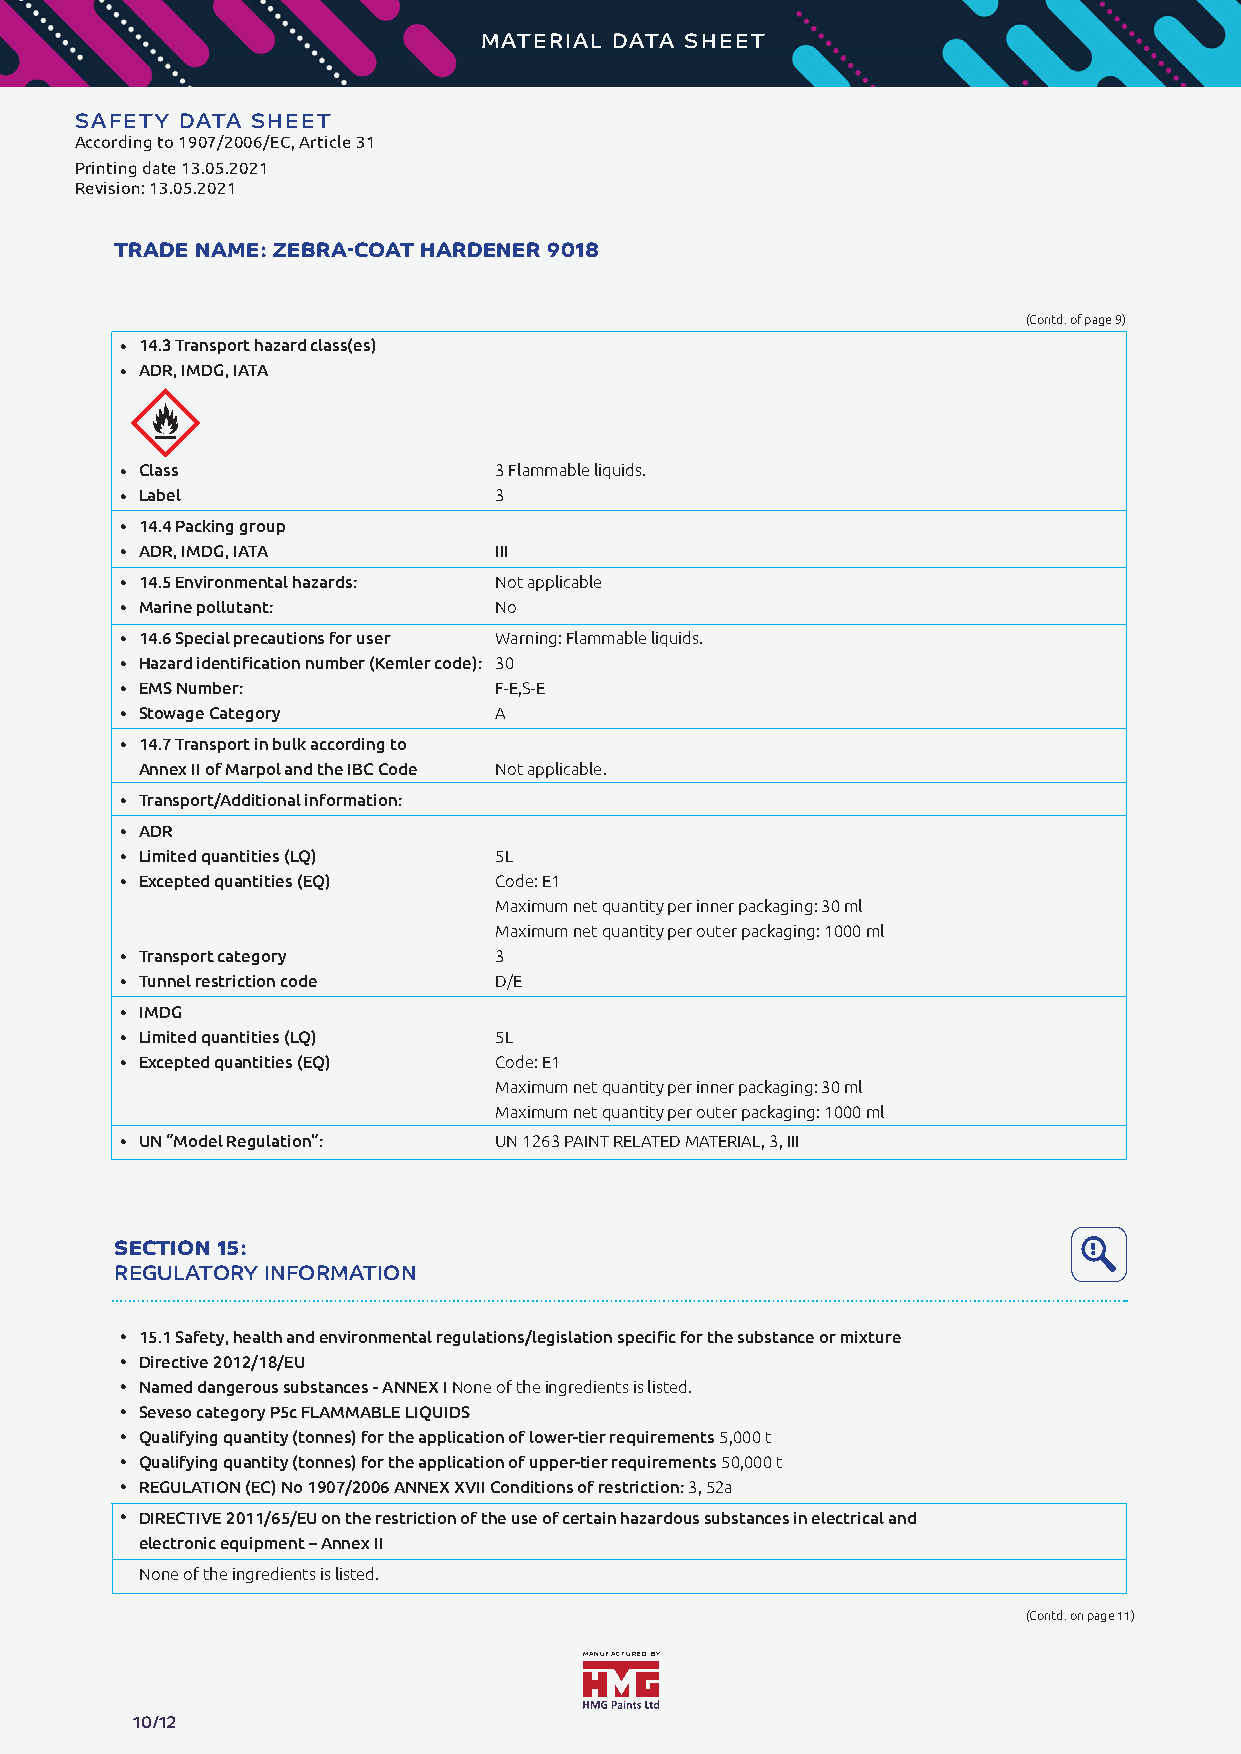
MATERIAL DATA SHEET
 Zebra-Coat
 SAFETY DATA SHEET
 According to 1907/2006/EC, Article 31
 Printing date 13.05.2021 TECHNICAL DATA SHEET
 Revision: 13.05.2021
 TRADE NAME: ZEBRA-COAT HARDENER 9018
 (Contd. of page 9)
 (Contd. of page 9)
 ·
 14.3 Transport hazard class(es)
 ·
 ADR, IMDG, IATA
 ·
 Class                   3 Flammable liquids.
 ·
 Label                   3
 ·
 14.4 Packing group
 ·
 ADR, IMDG, IATA         III
 ·
 14.5 Environmental hazards: Not applicable
 ·
 Marine pollutant:       No
 ·
 14.6 Special precautions for user Warning: Flammable liquids.
 ·
 Hazard identification number (Kemler code): 30
 ·
 EMS Number:             F-E,S-E
 ·
 Stowage Category        A
 ·
 14.7 Transport in bulk according to
 Annex II of Marpol and the IBC Code Not applicable.
 ·
 Transport/Additional information:
 ·
 ADR
 ·
 Limited quantities (LQ) 5L
 ·
 Excepted quantities (EQ) Code: E1
 Maximum net quantity per inner packaging: 30 ml
 Maximum net quantity per outer packaging: 1000 ml
 ·
 Transport category      3
 ·
 Tunnel restriction code D/E
 ·
 IMDG
 ·
 Limited quantities (LQ) 5L
 ·
 Excepted quantities (EQ) Code: E1
 Maximum net quantity per inner packaging: 30 ml
 Maximum net quantity per outer packaging: 1000 ml
 ·
 UN “Model Regulation”:  UN 1263 PAINT RELATED MATERIAL, 3, III
 SECTION 15:
 REGULATORY INFORMATION
 ·
 15.1 Safety, health and environmental regulations/legislation specific for the substance or mixture
 ·
 Directive 2012/18/EU
 ·
 Named dangerous substances - ANNEX I None of the ingredients is listed.
 ·
 Seveso category P5c FLAMMABLE LIQUIDS
 ·
 Qualifying quantity (tonnes) for the application of lower-tier requirements 5,000 t
 ·
 Qualifying quantity (tonnes) for the application of upper-tier requirements 50,000 t
 ·
 REGULATION (EC) No 1907/2006 ANNEX XVII Conditions of restriction: 3, 52a
 ·
 DIRECTIVE 2011/65/EU on the restriction of the use of certain hazardous substances in electrical and
 electronic equipment – Annex II
 None of the ingredients is listed.
 (Contd. on page 11)
 MANUFACTURED BY
 10/12